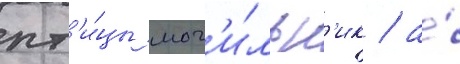
пт'и́цы мог'и́льн'ик / а́